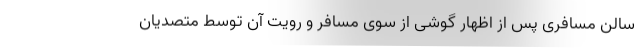
سالن مسافری پس از اظهار گوشی از سوی مسافر و رویت آن توسط متصدیان